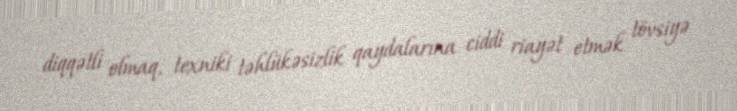
diqqətli olmaq, texniki təhlükəsizlik qaydalarına ciddi riayət etmək tövsiyə